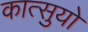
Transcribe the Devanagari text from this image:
कात्सुयो